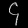
Digit: ၄